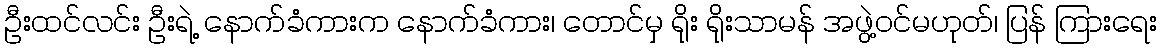
ဦးထင်လင်း ဦးရဲ့ နောက်ခံကားက နောက်ခံကား၊ တောင်မှ ရိုး ရိုးသာမန် အဖွဲ့ဝင်မဟုတ်၊ ပြန် ကြားရေး